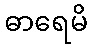
ဓာရေမိ